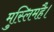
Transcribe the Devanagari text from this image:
मुस्लिमहै।